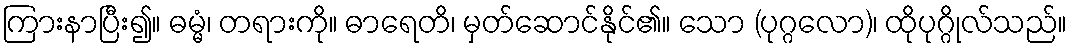
ကြားနာပြီး၍။ ဓမ္မံ၊ တရားကို။ ဓာရေတိ၊ မှတ်ဆောင်နိုင်၏။ သော (ပုဂ္ဂလော)၊ ထိုပုဂ္ဂိုလ်သည်။